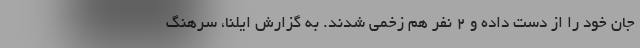
جان خود را از دست داده و 2 نفر هم زخمی شدند. به گزارش ایلنا، سرهنگ